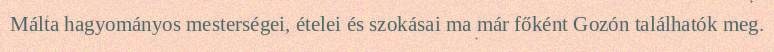
Málta hagyományos mesterségei, ételei és szokásai ma már főként Gozón találhatók meg.